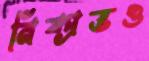
নিষ্প্রভও